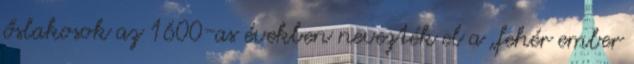
őslakosok az 1600-as években nevezték el a „fehér ember